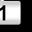
Digit: 1